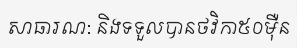
សាធារណ: និងទទួលបានថវិកា៥០ម៉ឺន